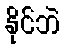
နိုင်ဘဲ